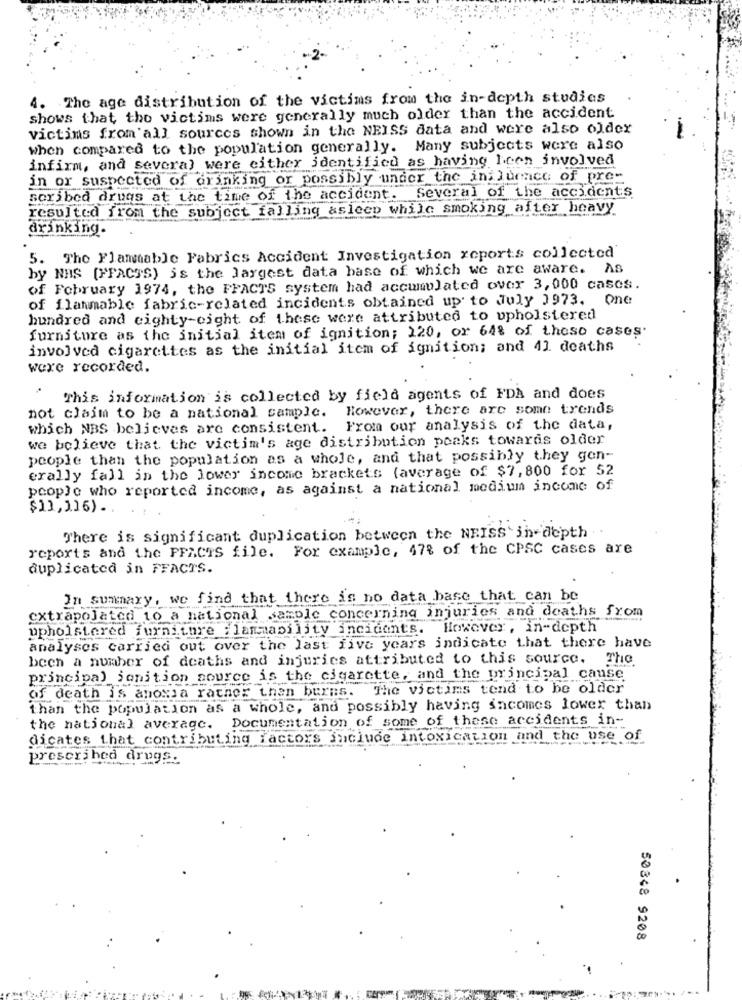
4. The age distribution of the victims from the in-depth studies
shows that the victims were generally much older than the accident
victims from'all sources shown in the NEISS data and were also older
when compared to the population generally. Many subjects were also
infirm, and several were either identified as having been involved
in or suspected of drinking or possibly under the influence of pre-
scribed drugs at the time of the accident. Several of the accidents
resulted from the subject falling asleep while smoking after heavy
drinking.
5. The Flammable Fabrics Accident Investigation reports collected
by NHS [FFACTS) is the largest data base of which we are aware. AS
of February 1974, the FFACTS system had accumulated over 3,000 cases.
of flammable fabric-related incidents obtained up to July 1973. One
hundred and eighty-eight of these were attributed to upholstered
furniture as the initial item of ignition; 120, or 64% of these cases.
involved cigarettes as the initial item of ignition; and 41 deaths
were recorded.
This information is collected by field agents of FDA and does
not claim to be a national sample. However, there are some trends
which NBS believes are consistent. From our analysis of the data,
we believe that the victim's age distribution peaks towards older
people than the population as a whole, and that possibly they gon-
erally fall in the lower income brackets (average of $7, 800 for 52
people who reported income, as against a national medium income of
$13,116) . . . .
There is significant duplication between the NEISS in-depth .
reports and the FFACTS file. For example, 47% of the CPSC cases are
duplicated in FFACTS.
In summary, we find that there is no data base that can be
extrapolated to a national sample concerning injuries and deaths from
upholstered furniture flammability incidents. However, in-depth
analyses carried out over the last five years indicate that there have
been a number of deaths and injuries attributed to this source.
The
principal jonition source is the cigarette, and the principal cause
of death is anowa rather than burns. The victims tend to be older
than the population as a whole, and possibly having incomes lower than
the national average. Documentation of some of these accidents in-
dicates that contributing factors include intoxication and the use of
prescribed drugs.
50348 9208